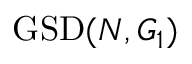
\mathrm { G S D } ( N , G _ { 1 } )